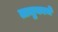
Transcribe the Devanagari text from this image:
तालुकाचे